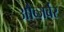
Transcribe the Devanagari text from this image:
औब्ज़र्वर